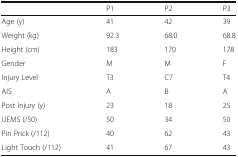
<table><thead><tr><td></td><td><b>P1</b></td><td><b>P2</b></td><td><b>P3</b></td></tr></thead><tbody><tr><td>Age (y)</td><td>41</td><td>42</td><td>39</td></tr><tr><td>Weight (kg)</td><td>92.3</td><td>68.0</td><td>68.8</td></tr><tr><td>Height (cm)</td><td>183</td><td>170</td><td>178</td></tr><tr><td>Gender</td><td>M</td><td>M</td><td>F</td></tr><tr><td>Injury Level</td><td>T3</td><td>C7</td><td>T4</td></tr><tr><td>AIS</td><td>A</td><td>B</td><td>A</td></tr><tr><td>Post Injury (y)</td><td>23</td><td>18</td><td>25</td></tr><tr><td>UEMS (/50)</td><td>50</td><td>34</td><td>50</td></tr><tr><td>Pin Prick (/112)</td><td>40</td><td>62</td><td>43</td></tr><tr><td>Light Touch (/112)</td><td>41</td><td>67</td><td>43</td></tr></tbody></table>